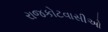
રાજકોટવાસીઓ